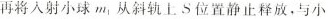
再将入射小球m_{1}从斜轨上S位置静止释放，与小